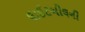
લાઈટબીલની